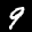
Label: 9